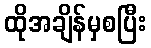
ထိုအချိန်မှစပြီး